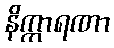
နိက္ကာရဏာ